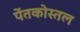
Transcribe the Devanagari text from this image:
पेंतकोस्तल